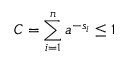
C = \sum _ { i = 1 } ^ { n } a ^ { - s _ { i } } \leq 1